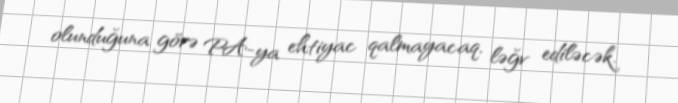
olunduğuna görə PA-ya ehtiyac qalmayacaq, ləğv ediləcək.